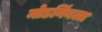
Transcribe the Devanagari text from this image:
मोडनिंबला